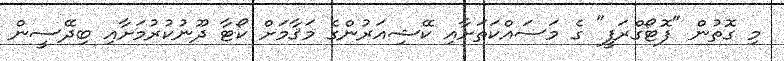
މި ގޮތުން "ފޮޓޯގްރަފީ" ގެ މަސައްކަތަށާއި ކޭޝިއަރުންގެ މަޤާމަށް ކޯޓާ ދޫނުކުރުމަށާއި ބިދޭސީން